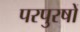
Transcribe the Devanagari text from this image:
परपुरषों